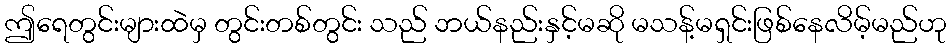
ဤရေတွင်းများထဲမှ တွင်းတစ်တွင်း သည် ဘယ်နည်းနှင့်မဆို မသန့်မရှင်းဖြစ်နေလိမ့်မည်ဟု